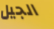
الجيل